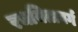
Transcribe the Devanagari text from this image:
रचयितावर्ग